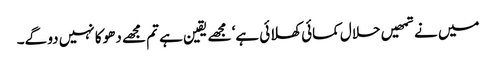
میں نے تمھیں حلال کمائی کھلائی ہے‘ مجھے یقین ہے تم مجھے دھوکا نہیں دو گے۔